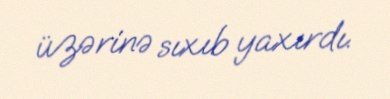
üzərinə sıxıb yaxırdı.